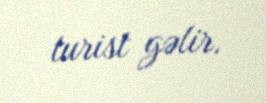
turist gəlir.